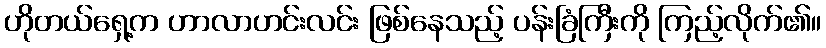
ဟိုတယ်ရှေ့က ဟာလာဟင်းလင်း ဖြစ်နေသည့် ပန်းခြံကြီးကို ကြည့်လိုက်၏။